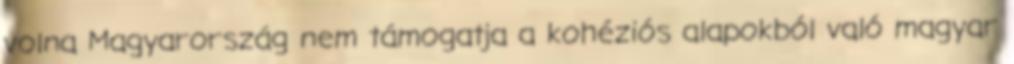
volna Magyarország nem támogatja a kohéziós alapokból való magyar